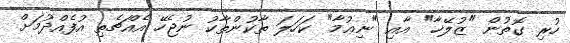
ހުރި ގޮތުން "ޒުލޭޚާ" އާއި "ނިޢުމާ" ކަހަލަ ތާކުންތާކު ނުޖެހޭ އެއްޗެތި އުފެއްދުމަށް